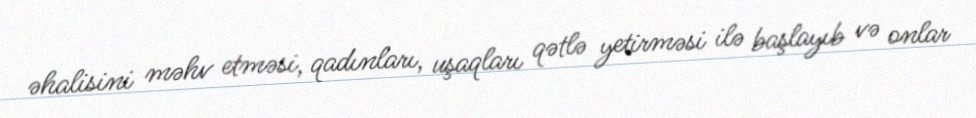
əhalisini məhv etməsi, qadınları, uşaqları qətlə yetirməsi ilə başlayıb və onlar